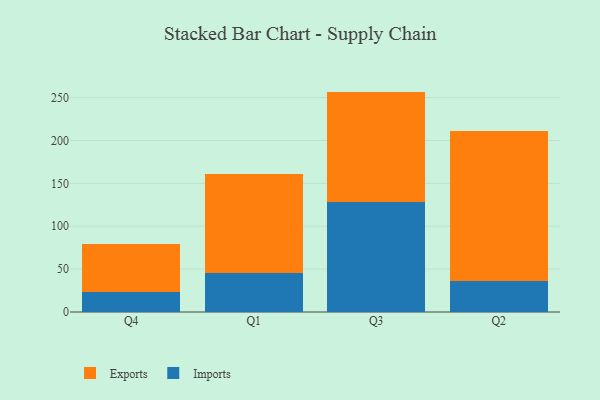
{"axis": {"x": "Quarter", "y": "Active Users"}, "legend": ["Exports", "Imports"], "data": [{"x": "Q4", "y": 22.9, "type": "Imports"}, {"x": "Q4", "y": 56.9, "type": "Exports"}, {"x": "Q1", "y": 45.2, "type": "Imports"}, {"x": "Q1", "y": 115.7, "type": "Exports"}, {"x": "Q3", "y": 128.1, "type": "Imports"}, {"x": "Q3", "y": 128.9, "type": "Exports"}, {"x": "Q2", "y": 35.8, "type": "Imports"}, {"x": "Q2", "y": 174.7, "type": "Exports"}]}